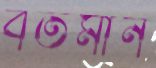
বর্তমান